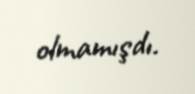
olmamışdı.